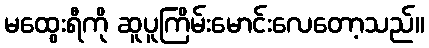
မထွေးရီကို ဆူပူကြိမ်းမောင်းလေတော့သည်။